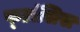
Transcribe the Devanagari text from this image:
फ्ऱांसिस